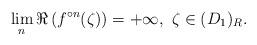
LaTeX: \begin{align*} \lim_{n}\Re\left(f^{\circ n}(\zeta)\right)=+\infty,\ \zeta\in (D_1)_R.\end{align*}